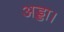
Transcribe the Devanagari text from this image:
अड्डा।